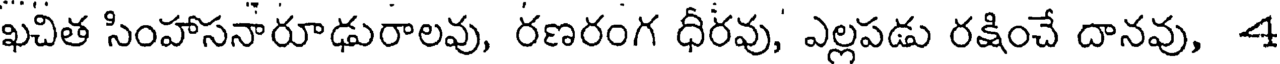
ఖచిత సింహాసనారూఢురాలవు, రణరంగ ధీరవు, ఎల్లపడు రక్షించే దానవు, 4